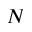
N